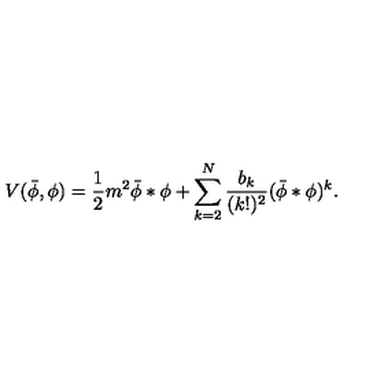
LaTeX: V ( \bar { \phi } , \phi ) = \frac { 1 } { 2 } m ^ { 2 } \bar { \phi } \ast \phi + \sum _ { k = 2 } ^ { N } \frac { b _ { k } } { ( k ! ) ^ { 2 } } ( \bar { \phi } \ast \phi ) ^ { k } .